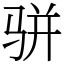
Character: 骈